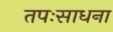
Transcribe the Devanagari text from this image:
तपःसाधना